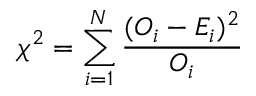
\chi ^ { 2 } = \sum _ { i = 1 } ^ { N } \frac { ( O _ { i } - E _ { i } ) ^ { 2 } } { O _ { i } }